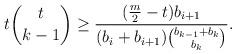
LaTeX: \begin{align*}t\binom{t}{k-1}\ge \frac{(\frac m2-t)b_{i+1}}{(b_i+b_{i+1})\binom{b_{k-1}+b_k}{b_k}}.\end{align*}